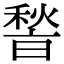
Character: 𮃢